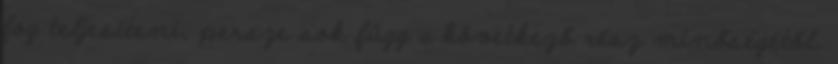
fog teljesíteni, persze sok függ a következő rész minőségétől.